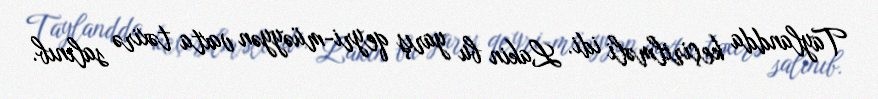
Taylandda keçirilməli idi. Lakin bu yarış qeyri-müəyyən vaxta təxirə salınıb.